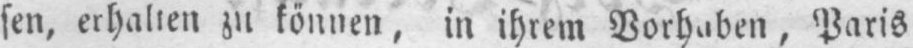
sen, erhalten zu können, in ihrem Vorhaben, Paris